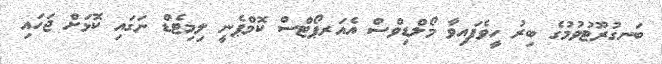
ބަނގުރޫޓުވުމުގެ ބިރު ހީވެފައިވާ މޯލްޑިވްސް އެއަރޕޯޓްސް ކޮމްޕެނީ ލިމިޓެޑް ނަގައި ކޮޅަށް ޖަހައި